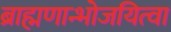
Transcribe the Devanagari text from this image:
ब्राह्मणान्भोजयित्वा